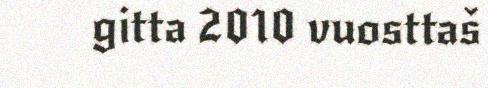
gitta 2010 vuosttaš